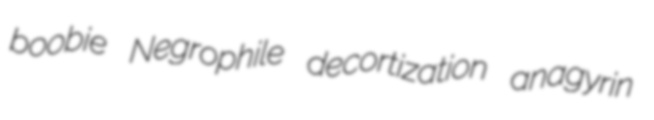
boobie Negrophile decortization anagyrin